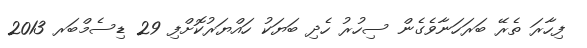
ފިހާރަ ތެރޭ ބަރަހަނާވެގެން ސިހުރު ހެދި ބަޔަކު ހައްޔަރުކޮށްފި 29 ޑިސެމްބަރ 2013